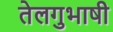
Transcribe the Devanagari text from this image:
तेलगुभाषी